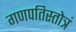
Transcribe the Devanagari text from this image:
गणपतिस्तोत्रं